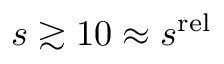
s \gtrsim 1 0 \approx s ^ { \mathrm { r e l } }